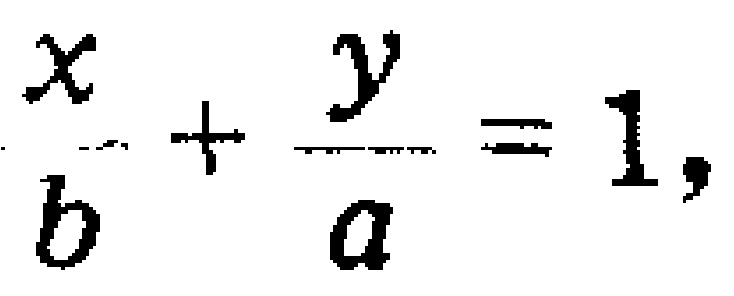
$\frac{x}{b}+\frac{y}{a}=1,$